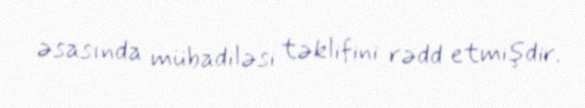
əsasında mübadiləsi təklifini rədd etmişdir.